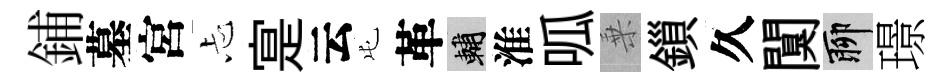
鋪墓宮忐寔云屯革輔淮呱乗鎻久闃聊璟